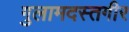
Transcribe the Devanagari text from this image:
गुलामदस्तगीर